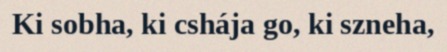
Ki sobha, ki cshája go, ki szneha,